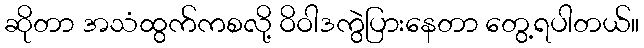
ဆိုတာ အသံထွက်ကစလို့ ဝိဝါဒကွဲပြားနေတာ တွေ့ရပါတယ်။